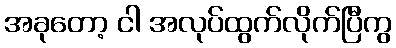
အခုတော့ ငါ အလုပ်ထွက်လိုက်ပြီကွ